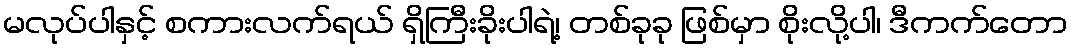
မလုပ်ပါနှင့် စကားလက်ရယ် ရှိကြီးခိုးပါရဲ့၊ တစ်ခုခု ဖြစ်မှာ စိုးလို့ပါ၊ ဒီကက်တော